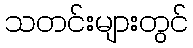
သတင်းများတွင်